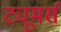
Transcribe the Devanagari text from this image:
ट्यूमर्स